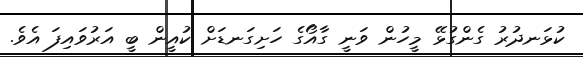
ކުޅަނދުުރު ގެންގުޅޭ މީހުން ވަނީ ގާއޯގެ ހަށިގަނޑަށް ކުއީން ބީ އަރުވައިފަ އެވެ.